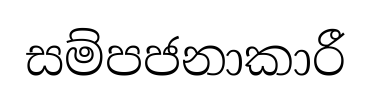
සම්පජනාකාරී